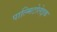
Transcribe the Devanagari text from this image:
पाल्मिटोलेइक